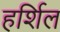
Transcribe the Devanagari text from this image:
हर्शिल